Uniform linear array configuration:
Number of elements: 16
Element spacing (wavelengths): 0.5
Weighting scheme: cosine
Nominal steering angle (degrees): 60
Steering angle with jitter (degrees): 61.484
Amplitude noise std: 0.05
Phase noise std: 0.05

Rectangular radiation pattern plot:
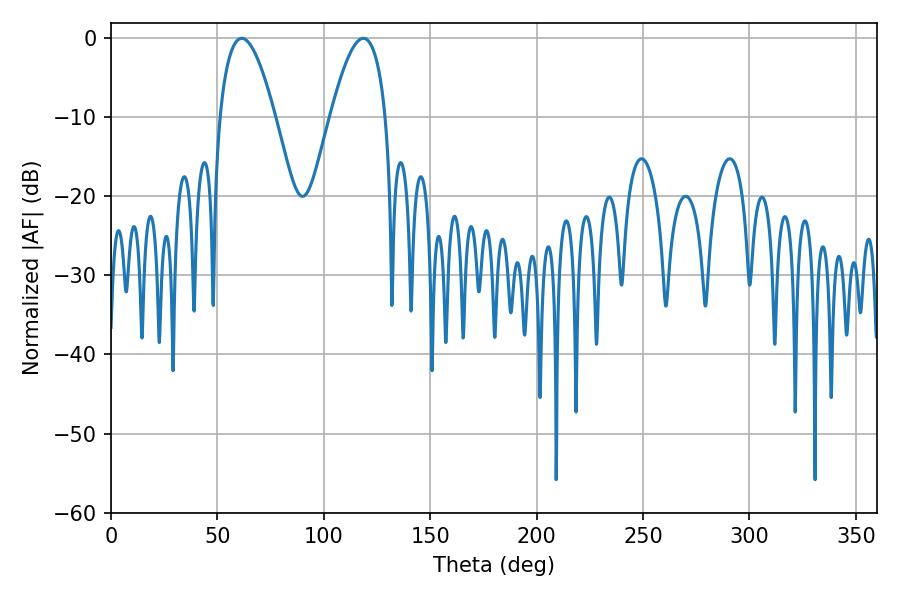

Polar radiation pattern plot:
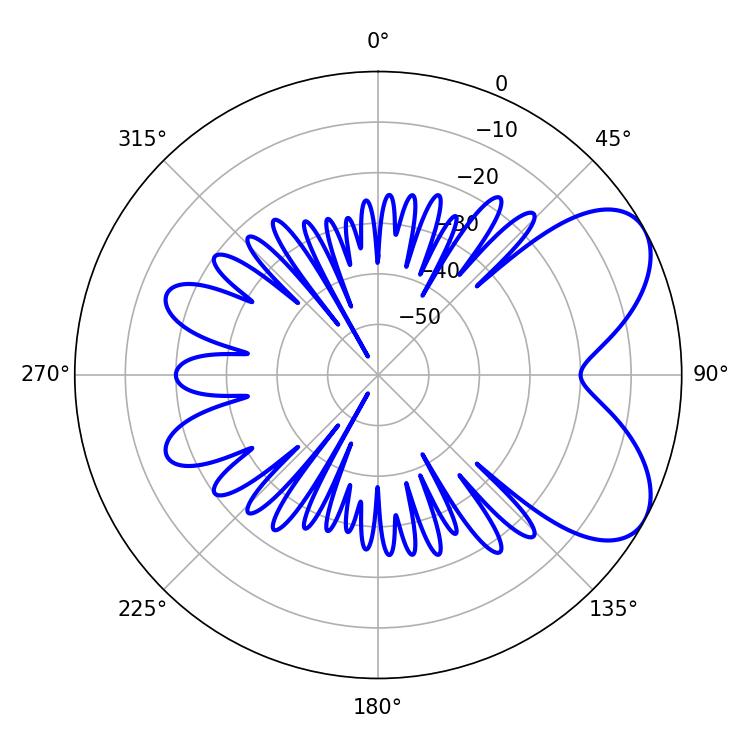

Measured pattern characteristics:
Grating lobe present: FALSE
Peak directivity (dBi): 6.316
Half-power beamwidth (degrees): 14.4
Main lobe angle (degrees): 61.38